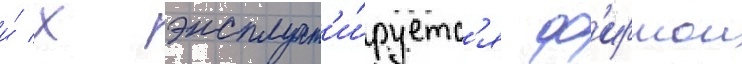
и́ х эксплуат'и́руетс'я ф'ирмои